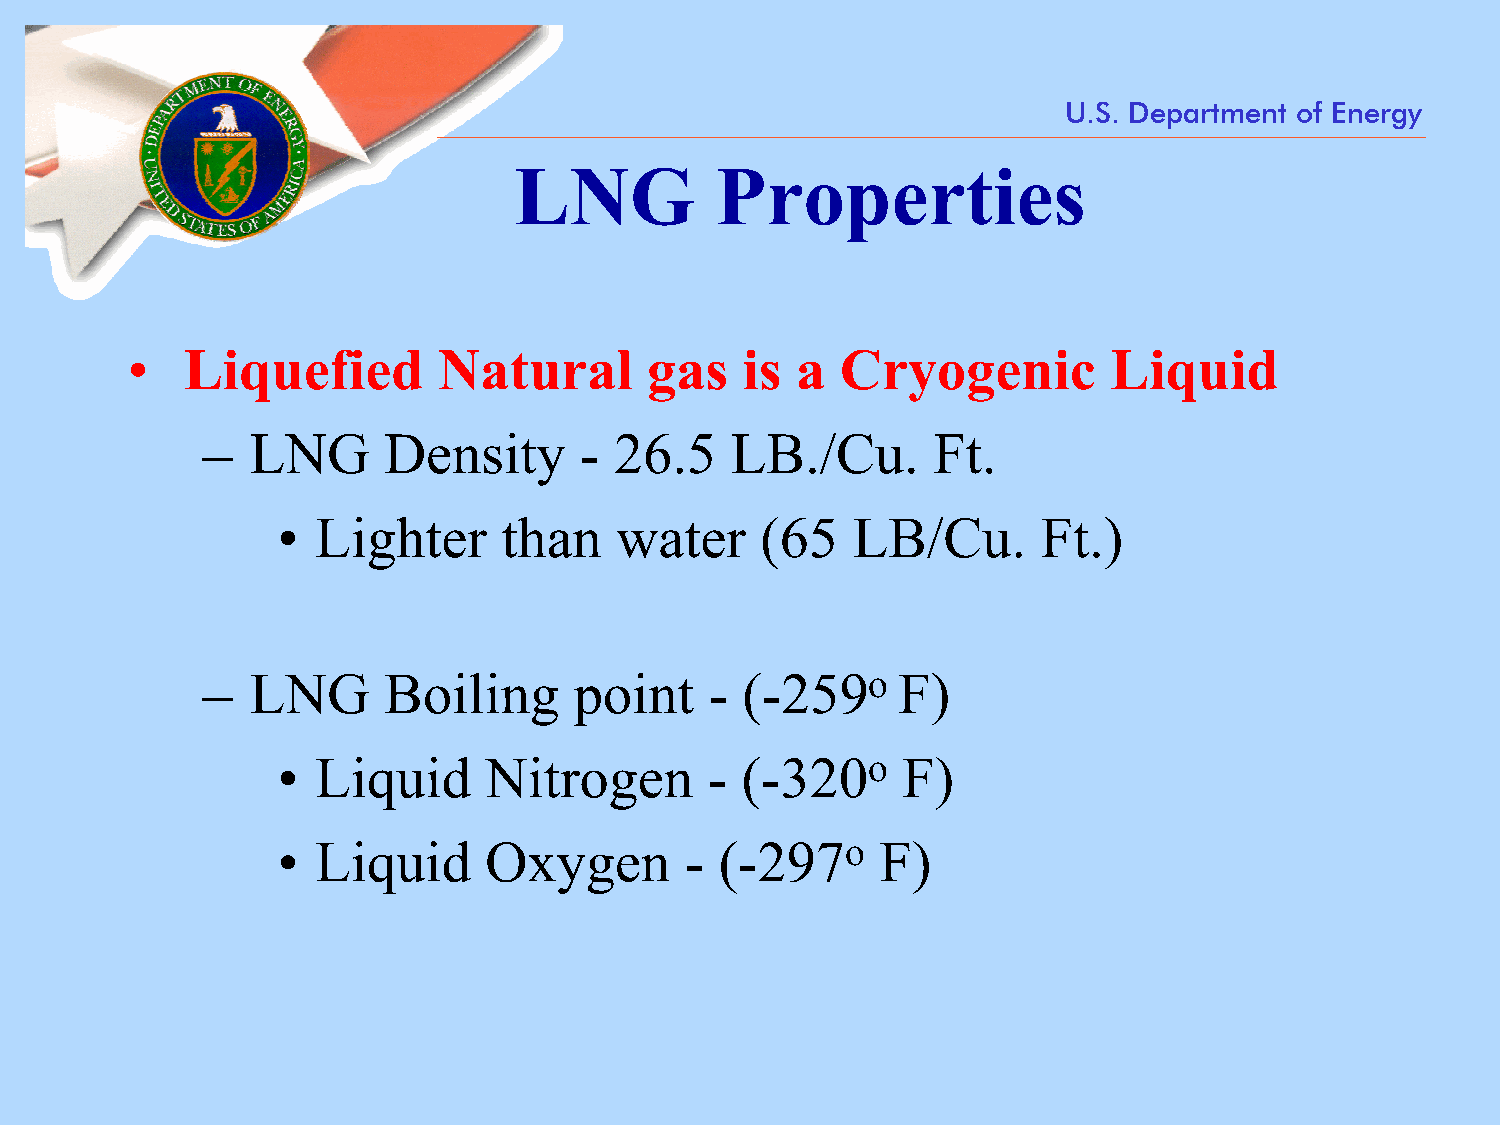
U.S. Department of Energy
 LNG          Properties
 •   Liquefied        Natural       gas   is  a  Cryogenic        Liquid
 –  LNG      Density      -  26.5   LB./Cu.       Ft.
 •  Lighter     than    water    (65   LB/Cu.       Ft.)
 –  LNG      Boiling      point    - (-259o    F)
 •  Liquid     Nitrogen       - (-320o     F)
 •  Liquid     Oxygen       -  (-297o    F)